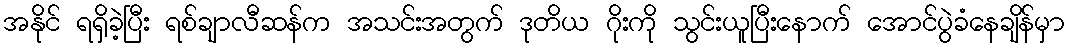
အနိုင် ရရှိခဲ့ပြီး ရစ်ချာလီဆန်က အသင်းအတွက် ဒုတိယ ဂိုးကို သွင်းယူပြီးနောက် အောင်ပွဲခံနေချိန်မှာ